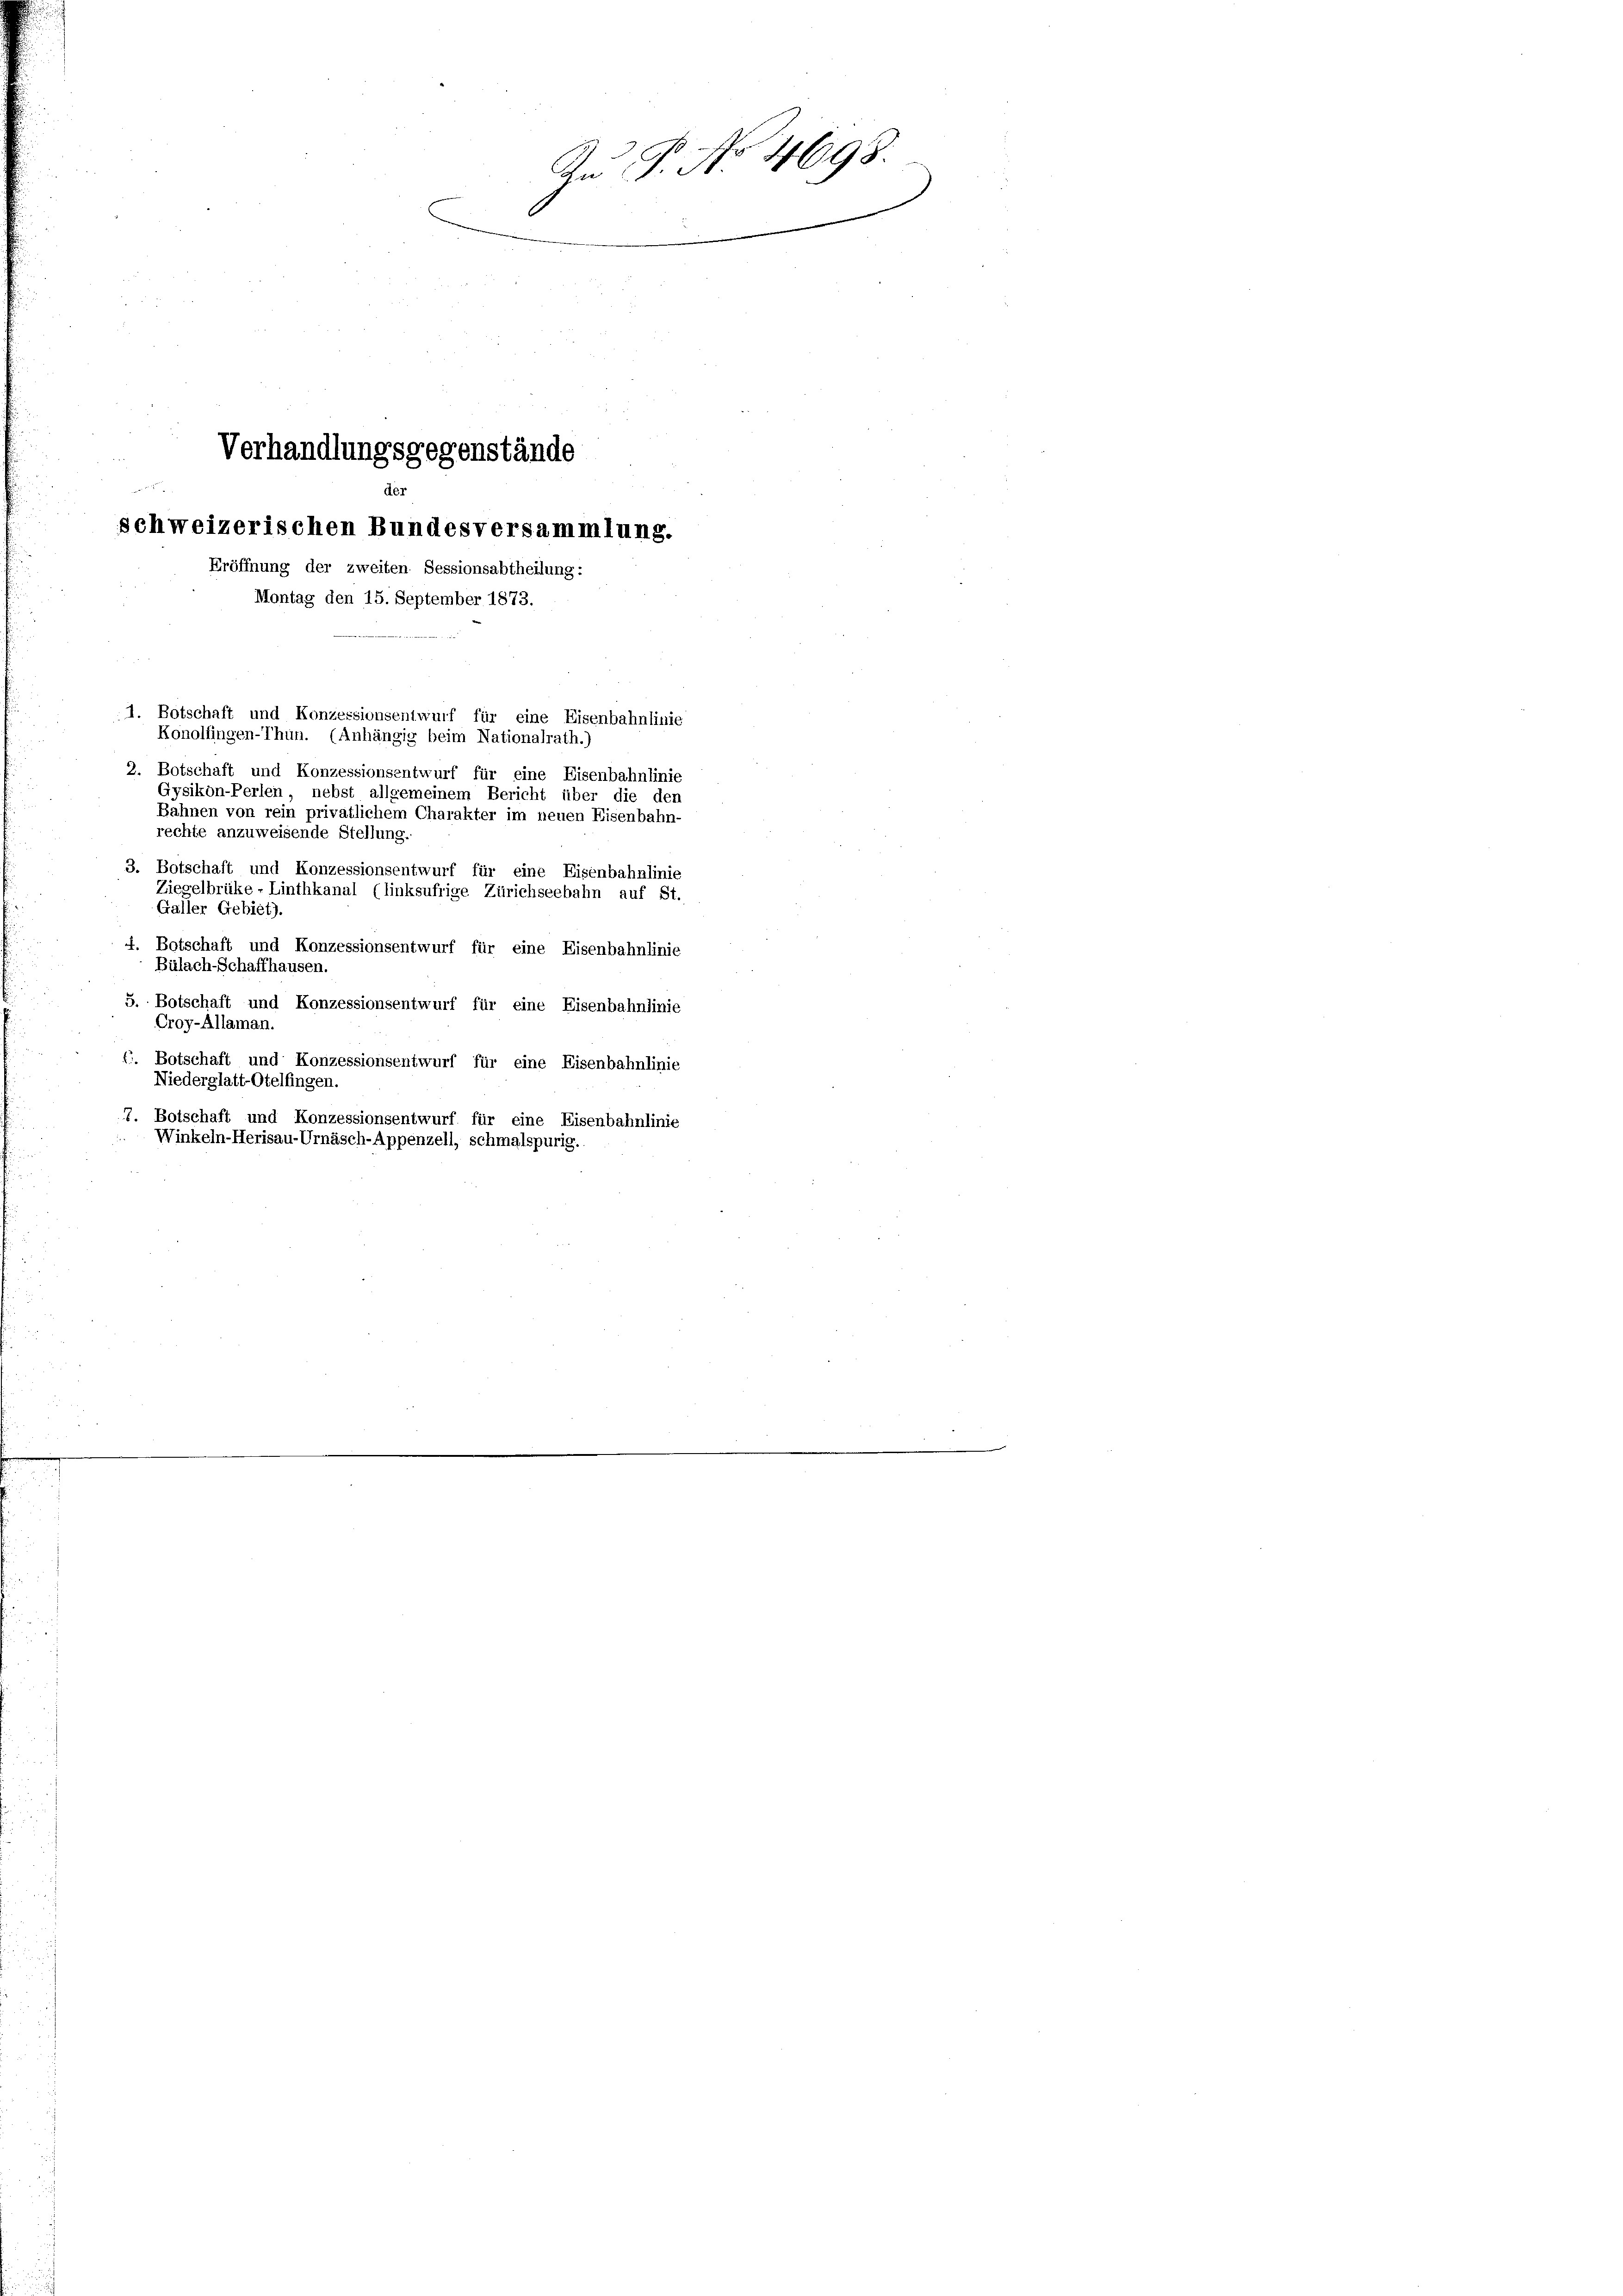
Verhandlungsgegenstände
der
schweizerischen Bundesversammlung.
Eröffnung der zweiten Sessionsabtheilung:
Montag den 15. September 1873.

Au P. No 4698.

2. Botschaft und Konzessionsentwurf für eine Eisenbahnlinie
Gysikon-Perlen, nebst allgemeinem Bericht über die den
Bahnen von rein privatlichem Charakter im neuen Eisenbahn-
rechte anzuweisende Stellung.
3. Botschaft und Konzessionsentwurf für eine Eisenbahnlinie
Ziegelbrüke - Linthkanal (linksufrige Zürichseebahn auf St.
Galler Gebiet).
4. Botschaft und Konzessionsentwurf für eine Eisenbahnlinie
Bülach-Schaffhausen.
5. Botschaft und Konzessionsentwurf für eine Eisenbahnlinie
Croy-Allaman.
. Botschaft und Konzessionsentwurf für eine Eisenbahnlinie
Niederglatt-Otelfingen.
7. Botschaft und Konzessionsentwurf für eine Eisenbahnlinie
Winkeln-Herisau-Urnäsch-Appenzell, schmalspurig.

1. Botschaft und Konzessionsentwurf für eine Eisenbahnlinie
Konolfingen-Thun. (Anhängig beim Nationalrath.)